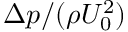
\Delta p / ( \rho U _ { 0 } ^ { 2 } )